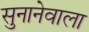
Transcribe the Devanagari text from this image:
सुनानेवाला